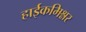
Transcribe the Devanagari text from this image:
हाईकमिश्नर